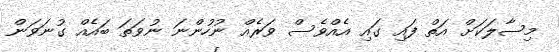
މިސާލަކަށް އަތް ފައި ގައި އެއްވެސް ވަރެއް ނުހުންނަ ނުވަތަ ބައެއް ގުނަވަން